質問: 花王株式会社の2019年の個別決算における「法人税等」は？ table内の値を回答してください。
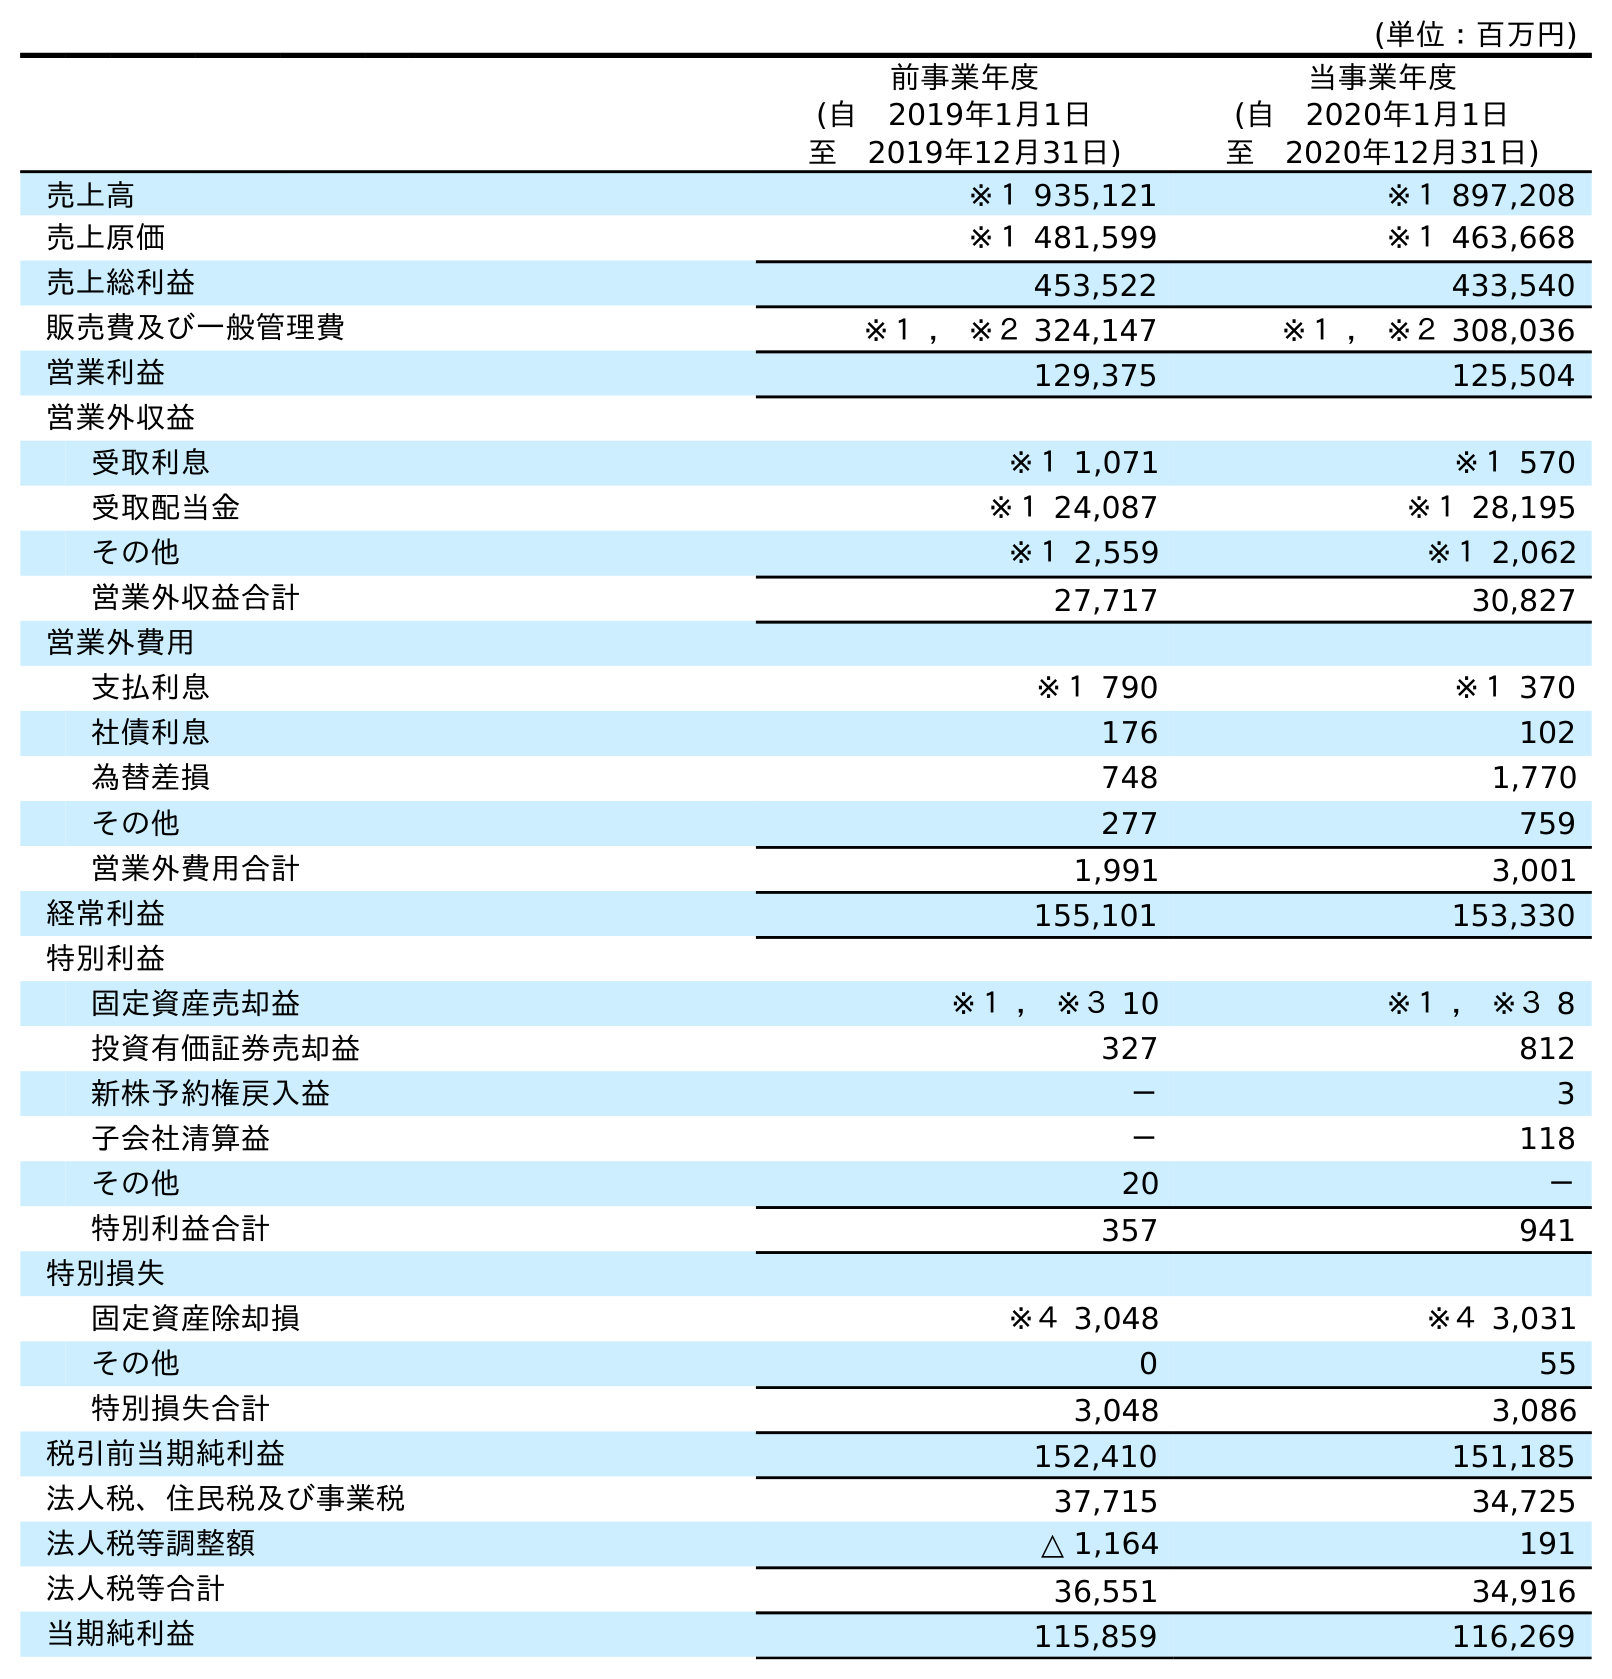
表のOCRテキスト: (単位：百万円) 前事業年度 (自 2019年1月1日 至 2019年12月31日) 当事業年度 (自 2020年1月1日 至 2020年12月31日) 売上高 ※１ 935,121 ※１ 897,208 売上原価 ※１ 481,599 ※１ 463,668 売上総利益 453,522 433,540 販売費及び一般管理費 ※１ ， ※２ 324,147 ※１ ， ※２ 308,036 営業利益 129,375 125,504 営業外収益 受取利息 ※１ 1,071 ※１ 570 受取配当金 ※１ 24,087 ※１ 28,195 その他 ※１ 2,559 ※１ 2,062 営業外収益合計 27,717 30,827 営業外費用 支払利息 ※１ 790 ※１ 370 社債利息 176 102 為替差損 748 1,770 その他 277 759 営業外費用合計 1,991 3,001 経常利益 155,101 153,330 特別利益 固定資産売却益 ※１ ， ※３ 10 ※１ ， ※３ 8 投資有価証券売却益 327 812 新株予約権戻入益 － 3 子会社清算益 － 118 その他 20 － 特別利益合計 357 941 特別損失 固定資産除却損 ※４ 3,048 ※４ 3,031 その他 0 55 特別損失合計 3,048 3,086 税引前当期純利益 152,410 151,185 法人税、住民税及び事業税 37,715 34,725 法人税等調整額 △ 1,164 191 法人税等合計 36,551 34,916 当期純利益 115,859 116,269
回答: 36,551